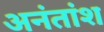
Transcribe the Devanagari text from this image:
अनंतांश